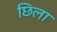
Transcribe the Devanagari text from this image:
छिला